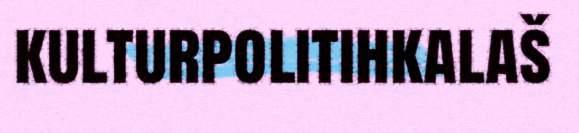
kulturpolitihkalaš